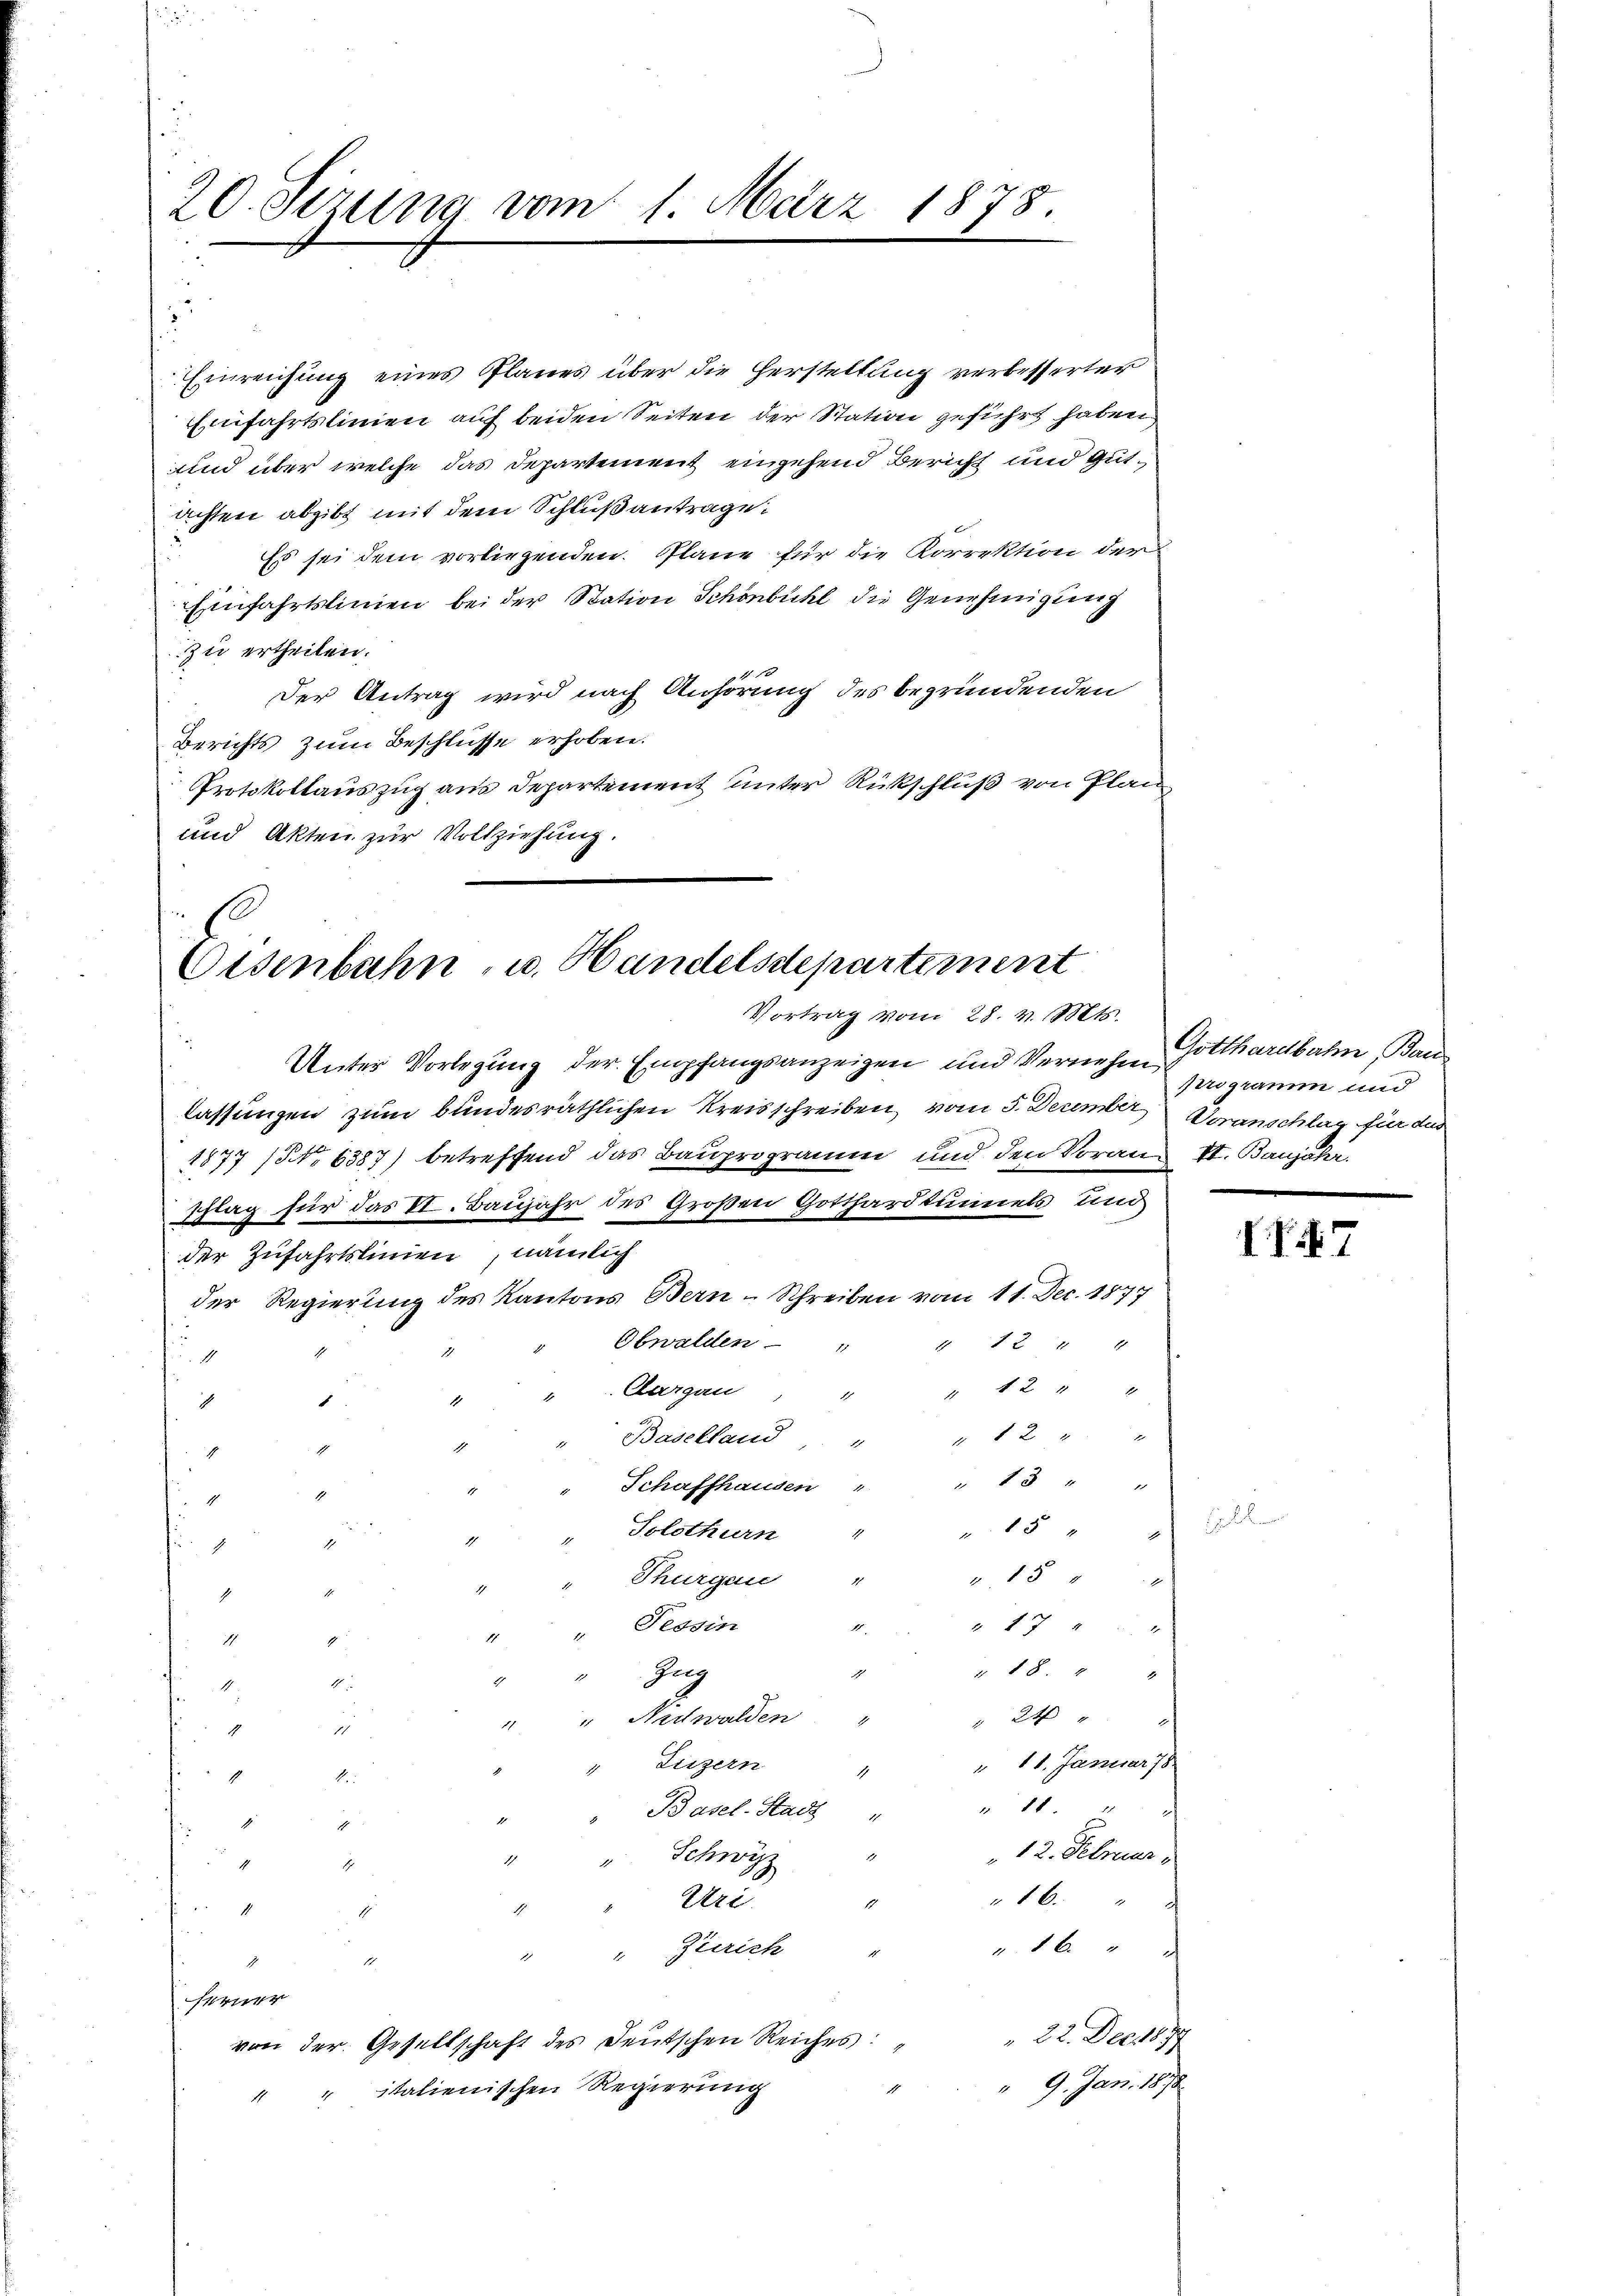
20. Sezung vom 1. März 1878.

Einreichung eines Planes über die Herstellung verbesserter
Einfahrtslinien auf beiden Seiten der Station geführt haben,
und über welche das Departement eingehend Bericht und Gutachten abgibt mit dem Schlußantrage:
Es sei dem vorliegenden Pläne für die Korrektion der
Einfahrtslinien bei der Station Schönbühl die Genehmigung
zu ertheilen.
1
Der Antrag wird nach Anhörung des begründenden
Berichts zum Beschlüsse erhoben.
Protokollauszug aus Departement unter Rückschluß von Plane
und Akten zur Vollziehung.

Disenbahn, u. Handelsdepartement
Vortrag vom 28. v. Mts.

Unter Vorlegung der Empfangsanzeigen und Verziehen Gotthardbahn, Baulassungen zum bundesräthlichen Kreisschreiben vom 5. Deumber Voranschlag für dur
1877 (NNo 6387) betreffend das Bauprogramm und den Voran VI. Banjahr.
schlag für das VI. Baujahr des Großen Gotthardtunnels und
der Zufahrtslinien, nämlich
der Regierung des Kantons Bern-Schreiben vom 11. Dec. 1877
Obwalden
" 12 " 4
1
g
" 12 " "
Aargau
d
1
h

Baselland"
1
" 15 " "
Schaffhausen "
1
1
 15
Solothurn
d
1
2
.13 14
Thurgau "
Tessin
" 17 " " "
1.
1
" 18 x
"Zug
.
A
" Nidwalden " " 24 "
i
" 11. Januar 78
Liezern

1
1 x
Basel-Stadt "

12. Februar
Schwyz

.
16.
Uri.

E
"Zürich
". 16. " "
1
ferner
 22. Dec. 1877
von der Gesellschaft des Deutschen Reiches:
" 9. Jan. 1878
" italienischen Regierung

programm und

II 7